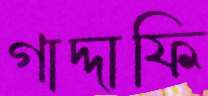
গাদ্দাফি